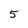
Character: 5